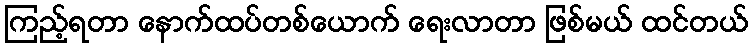
ကြည့်ရတာ နောက်ထပ်တစ်ယောက် ရေးလာတာ ဖြစ်မယ် ထင်တယ်